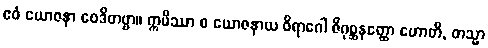
ဧဝံ ယောဇနာ ဝေဒိတဗ္ဗာ။ ဣမိဿာ စ ယောဇနာယ ဝိရာဂေါ ဇိဂုစ္ဆနတ္ထော ဟောတိ, တသ္မာ